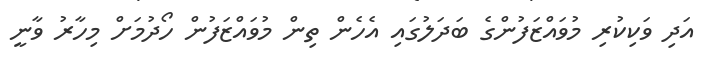
އަދި ވަކިކުރި މުވައްޒަފުންގެ ބަދަލުގައި އެހެން ތިން މުވައްޒަފުން ހޯދުމަށް މިހާރު ވާނީ